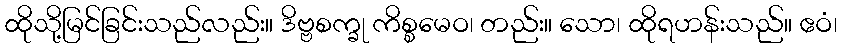
ထိုသို့မြင်ခြင်းသည်လည်း။ ဒိဗ္ဗစက္ခု ကိစ္စမေဝ၊ တည်း။ သော၊ ထိုရဟန်းသည်။ ဧဝံ၊